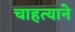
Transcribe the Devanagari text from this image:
चाहत्याने